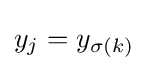
y_{j}=y_{\sigma (k)}